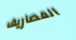
المصاريف